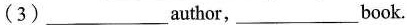
(3)_author,___book.